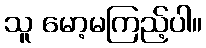
သူ မော့မကြည့်ပါ။